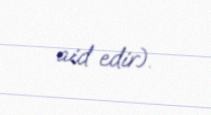
aid edir).